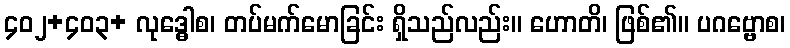
၄၀၂+၄၀၃+ လုဒ္ဓေါစ၊ တပ်မက်မောခြင်း ရှိသည်လည်း။ ဟောတိ၊ ဖြစ်၏။ ပဂဗ္ဗောစ၊